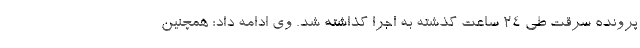
پرونده سرقت طی ۲۴ ساعت گذشته به اجرا گذاشته شد. وی ادامه داد: همچنین